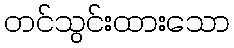
တင်သွင်းထားသော